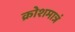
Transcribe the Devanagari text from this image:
क्रोशमात्रं